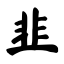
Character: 韭